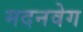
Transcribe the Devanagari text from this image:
मदनवेग